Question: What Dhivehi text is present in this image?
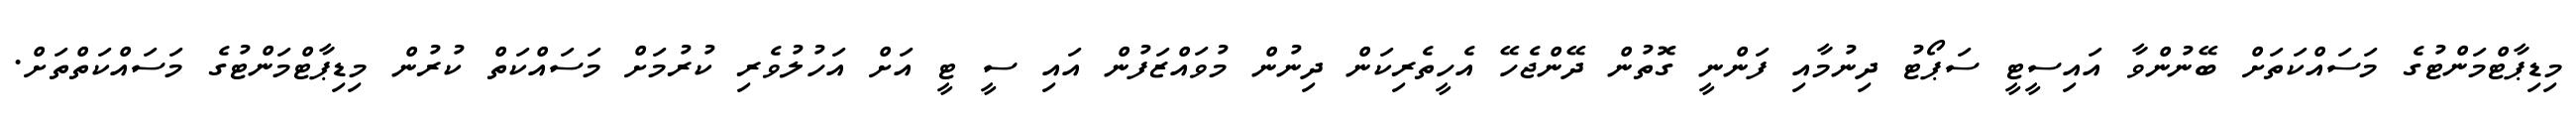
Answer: މިޑިޕާޓްމަންޓުގެ މަސައްކަތަށް ބޭނުންވާ އައިސީޓީ ސަޕޯޓު ދިނުމާއި ފަންނީ ގޮތުން ދޭންޖެހޭ އެހީތެރިކަން ދިނުން މުވައްޒަފުން އައި ސީ ޓީ އަށް އަހުލުވެރި ކުރުމަށް މަސައްކަތް ކުރުން މިޑިޕާޓްމަންޓުގެ މަސައްކަތްތަށް.